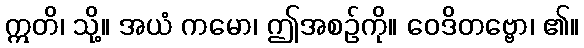
ဣတိ၊ သို့။ အယံ ကမော၊ ဤအစဉ်ကို။ ဝေဒိတဗ္ဗော၊ ၏။